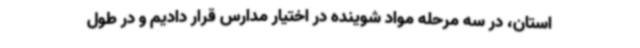
استان، در سه مرحله مواد شوینده در اختیار مدارس قرار دادیم و در طول